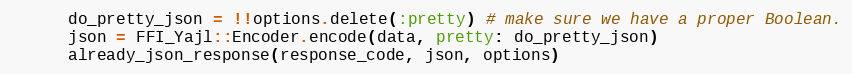
Language: Ruby
      do_pretty_json = !!options.delete(:pretty) # make sure we have a proper Boolean.
      json = FFI_Yajl::Encoder.encode(data, pretty: do_pretty_json)
      already_json_response(response_code, json, options)